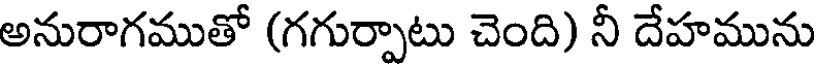
అనురాగముతో (గగుర్పాటు చెంది) నీ దేహమును